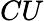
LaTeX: CU